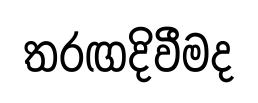
තරඟදිවීමද